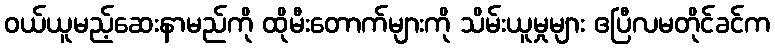
ဝယ်ယူမည့်ဆေးနာမည်ကို ထိုမီးတောက်များကို သိမ်းယူမှုများ ဧပြီလမတိုင်ခင်က